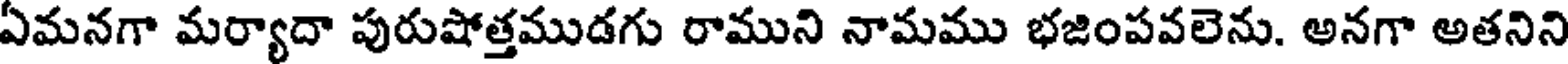
ఏమనగా మర్యాదా పురుషోత్తముడగు రాముని నామము భజింపవలెను. అనగా అతనిని